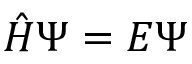
{ \hat { H } } \Psi = E \Psi